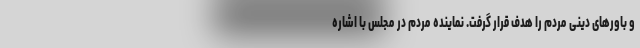
و باورهای دینی مردم را هدف قرار گرفت. نماینده مردم در مجلس با اشاره